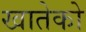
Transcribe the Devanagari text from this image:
खातेको